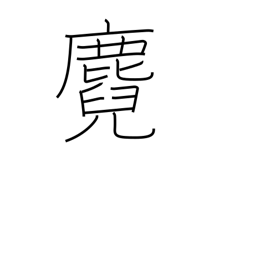
Meaning: fawn